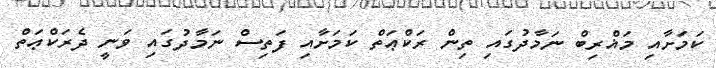
ކަމަށާއި މަޣްރިބް ނަމާދުގައި ތިން ރަކްޢަތް ކަމަށާއި ފަތިސް ނަމާދުގައި ވަނީ ދެރަކްޢަތް